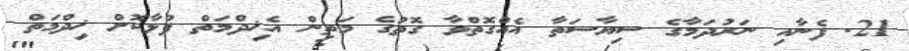
21. ފެނާއި ނަރުދަމާގެ ސިޔާސަތާ އެއްގޮތްވާ ގޮތުގެ މަތިން އެޚިދްމަތް ފުޅާކޮށް ޚިދްމަތް